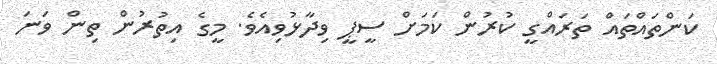
ކަންތައްތައް ތަރައްގީ ކުރުން ކަމަށް ސީޕީ ވިދާޅުވިއެވެ. މީގެ އިތުރުން ތިން ވަނަ